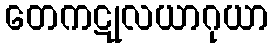
တေကဋုလယာဂုယာ